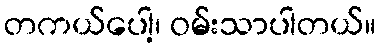
တကယ်ပေါ့၊ ဝမ်းသာပါတယ်။